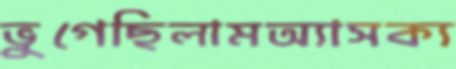
ভুগেছিলামঅ্যাসক্য